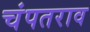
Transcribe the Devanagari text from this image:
चंपतराव